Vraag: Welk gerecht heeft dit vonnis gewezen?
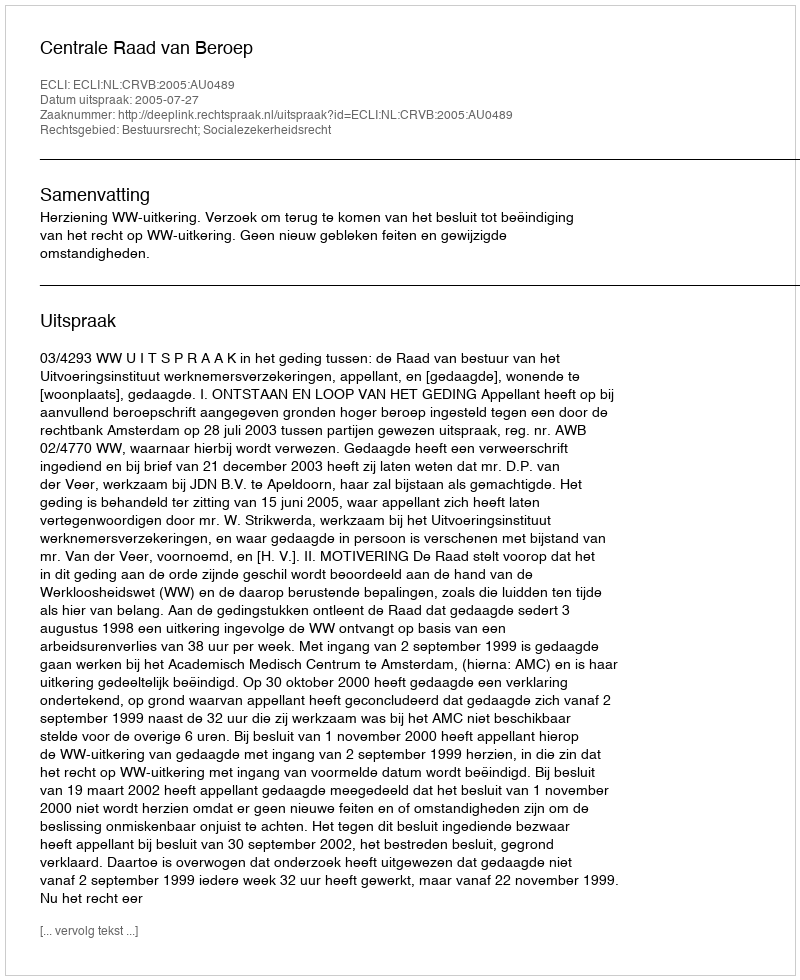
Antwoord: Centrale Raad van Beroep